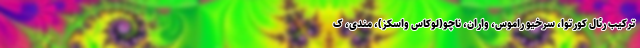
ترکیب رئال کورتوا، سرخیو راموس، واران، ناچو(لوکاس واسکز)، مندی، ک